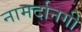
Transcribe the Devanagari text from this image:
नामर्दानगी